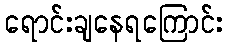
ရောင်းချနေရကြောင်း